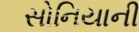
સોનિયાની